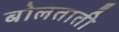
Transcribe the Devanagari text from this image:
बोलताती